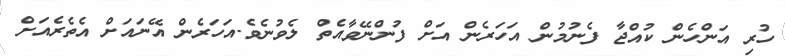
ހުރި އަންހެން ކުއްޖާ ފެނުމުން އަހަރެން އަށް ފުންނޭވާއެތް ލެވުނެވެ.އަހަރެން އޭނައަށް އެތެރެއަށް